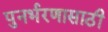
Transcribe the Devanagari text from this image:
पुनर्भरणासाठी